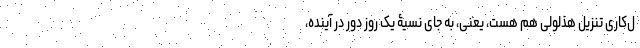
ل‌کاری تنزیل هذلولی هم هست، یعنی، به جای نسیۀ یک روزِ دور در آینده،